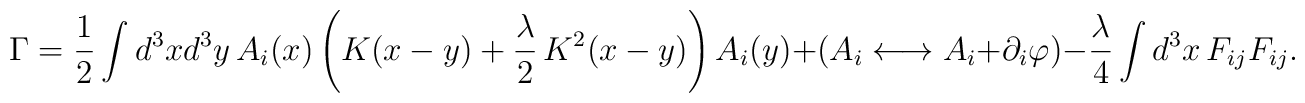
\Gamma=\frac{1}{2}\int d^3xd^3y\,A_i(x)\left(K(x-y)+\frac{\lambda }{2}\,K^2(x-y)\right)A_i(y)+(A_i\longleftrightarrow A_i+\partial _i\varphi )-\frac{\lambda }{4}\int d^3x\,F_{ij}F_{ij}.